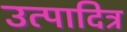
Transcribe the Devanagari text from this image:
उत्पादित्र